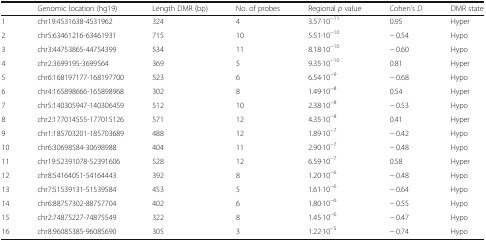
<table><thead><tr><td></td><td><b>Genomic location (hg19)</b></td><td><b>Length DMR (bp)</b></td><td><b>No. of probes</b></td><td><b>Regional <i>p</i> value</b></td><td><b>Cohen’s <i>D</i></b></td><td><b>DMR state</b></td></tr></thead><tbody><tr><td>1</td><td>chr19:4531638-4531962</td><td>324</td><td>4</td><td>3.57·10<sup>−11</sup></td><td>0.95</td><td>Hyper</td></tr><tr><td>2</td><td>chr5:63461216-63461931</td><td>715</td><td>10</td><td>5.51·10<sup>−10</sup></td><td>− 0.54</td><td>Hypo</td></tr><tr><td>3</td><td>chr3:44753865-44754399</td><td>534</td><td>11</td><td>8.18·10<sup>−10</sup></td><td>− 0.60</td><td>Hypo</td></tr><tr><td>4</td><td>chr2:3699195-3699564</td><td>369</td><td>5</td><td>9.35·10<sup>−10</sup></td><td>0.81</td><td>Hyper</td></tr><tr><td>5</td><td>chr6:168197177-168197700</td><td>523</td><td>6</td><td>6.54·10<sup>−9</sup></td><td>− 0.68</td><td>Hypo</td></tr><tr><td>6</td><td>chr4:165898666-165898968</td><td>302</td><td>8</td><td>1.49·10<sup>−8</sup></td><td>0.54</td><td>Hyper</td></tr><tr><td>7</td><td>chr5:140305947-140306459</td><td>512</td><td>10</td><td>2.38·10<sup>−8</sup></td><td>− 0.53</td><td>Hypo</td></tr><tr><td>8</td><td>chr2:177014555-177015126</td><td>571</td><td>12</td><td>4.35·10<sup>−8</sup></td><td>0.41</td><td>Hyper</td></tr><tr><td>9</td><td>chr1:185703201-185703689</td><td>488</td><td>12</td><td>1.89·10<sup>−7</sup></td><td>− 0.42</td><td>Hypo</td></tr><tr><td>10</td><td>chr6:30698584-30698988</td><td>404</td><td>11</td><td>2.90·10<sup>−7</sup></td><td>− 0.48</td><td>Hypo</td></tr><tr><td>11</td><td>chr19:52391078-52391606</td><td>528</td><td>12</td><td>6.59·10<sup>−7</sup></td><td>0.58</td><td>Hyper</td></tr><tr><td>12</td><td>chr8:54164051-54164443</td><td>392</td><td>8</td><td>1.20·10<sup>−6</sup></td><td>− 0.48</td><td>Hypo</td></tr><tr><td>13</td><td>chr7:51539131-51539584</td><td>453</td><td>5</td><td>1.61·10<sup>−6</sup></td><td>− 0.64</td><td>Hypo</td></tr><tr><td>14</td><td>chr6:88757302-88757704</td><td>402</td><td>6</td><td>1.80·10<sup>−6</sup></td><td>− 0.55</td><td>Hypo</td></tr><tr><td>15</td><td>chr2:74875227-74875549</td><td>322</td><td>8</td><td>1.45·10<sup>−6</sup></td><td>− 0.47</td><td>Hypo</td></tr><tr><td>16</td><td>chr8:96085385-96085690</td><td>305</td><td>3</td><td>1.22·10<sup>−5</sup></td><td>− 0.74</td><td>Hypo</td></tr></tbody></table>